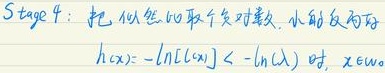
Stage 4：把似然函数取负对数，小的反而好。当\(h(x)=-\ln [L(x)]<-\ln (\lambda)\) 时，\(x \in \omega\) 。